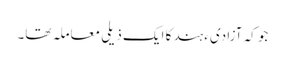
جو کہ آزادیء ہند کا ایک ذیلی معاملہ تھا۔